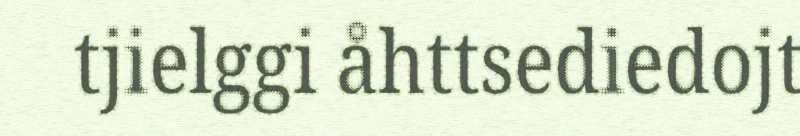
tjielggi åhttsediedojt